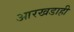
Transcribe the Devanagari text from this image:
आरखडाही